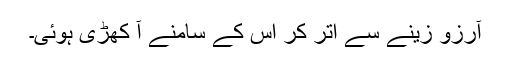
آرزو زینے سے اتر کر اس کے سامنے آ کھڑی ہوئی۔